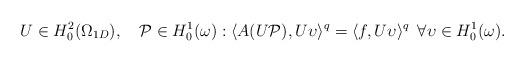
LaTeX: \begin{align*} \enspace U \in H^{2}_{0}(\Omega_{1D}), \enspace \enspace \mathcal{P} \in H^{1}_{0}({\omega}): \langle A(U \mathcal{P}), U \upsilon \rangle^{q} = \langle f, U \upsilon \rangle^{q} \enspace \forall \upsilon \in H^{1}_{0}({\omega}).\end{align*}